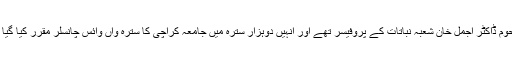
مرحوم ڈاکٹر اجمل خان شعبہ نباتات کے پروفیسر تھے اور انہیں دوہزار سترہ میں جامعہ کراچی کا سترہ واں وائس چانسلر مقرر کیا گیا تھا۔